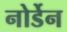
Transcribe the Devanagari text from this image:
नोर्डेन